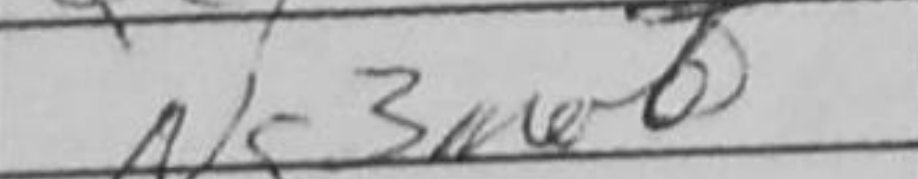
Transcription: Ng3